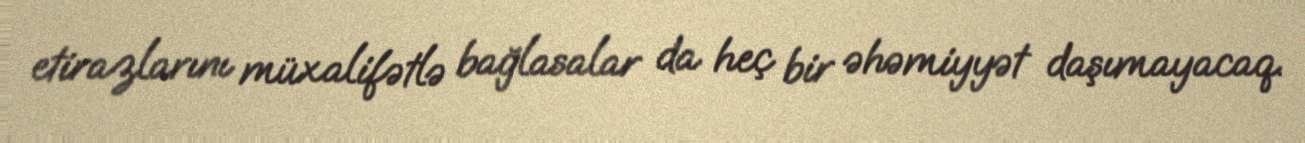
etirazlarını müxalifətlə bağlasalar da heç bir əhəmiyyət daşımayacaq.